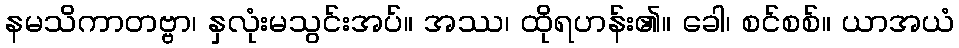
နမသိကာတဗ္ဗာ၊ နှလုံးမသွင်းအပ်။ အဿ၊ ထိုရဟန်း၏။ ခေါ၊ စင်စစ်။ ယာအယံ